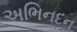
અભિનદન